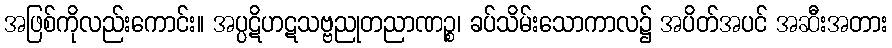
အဖြစ်ကိုလည်းကောင်း။ အပ္ပဋိဟဋသဗ္ဗညုတညာဏဉ္စ၊ ခပ်သိမ်းသောကာလ၌ အပိတ်အပင် အဆီးအတား